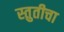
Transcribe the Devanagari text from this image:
स्तुतीचा